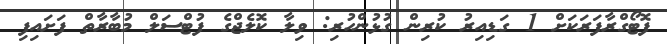
ފޮޓޯގްރާފަރަކަށް 1 ގަޑިއިރު ކުރިން ގުޅުންހުރި: ވިލާ ކޮލެޖްގެ ފުޓްސަލް މުބާރާތް ފަށައިފި